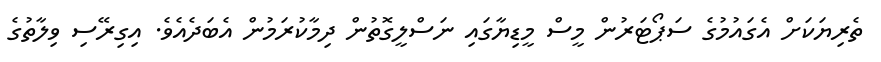
ތެރިޔަކަށް އެގައުމުގެ ސަޕޯޓަރުން މީސް މީޑިޔާގައި ނަސްލީގޮތުން ދިމާކުރަމުން އެބަދެއެވެ. އިގިރޭސި ވިލާތުގެ